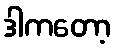
ဒါကတော့